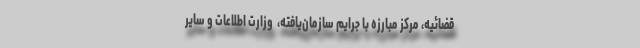
قضائیه، مرکز مبارزه با جرایم سازمان‌یافته، ‌ وزارت اطلاعات و سایر